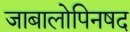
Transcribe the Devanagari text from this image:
जाबालोपिनषद